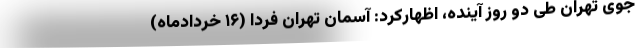
جوی تهران طی دو روز آینده، اظهارکرد: آسمان تهران فردا (۱۶ خردادماه)